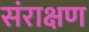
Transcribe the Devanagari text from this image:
संराक्षण